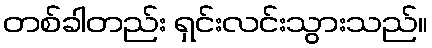
တစ်ခါတည်း ရှင်းလင်းသွားသည်။